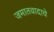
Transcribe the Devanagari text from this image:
जमातवादाचे